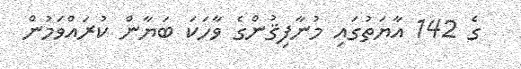
ގެ 142 އާޔަތުގައި މުނާފިޤުންގެ ވާހަކަ ބަޔާން ކުރައްވަމުން